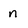
Character: n